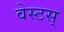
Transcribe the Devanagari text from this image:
वेस्टस्‌